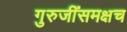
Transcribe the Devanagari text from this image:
गुरुजींसमक्षच